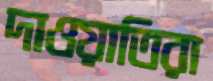
দাওয়াতিরা